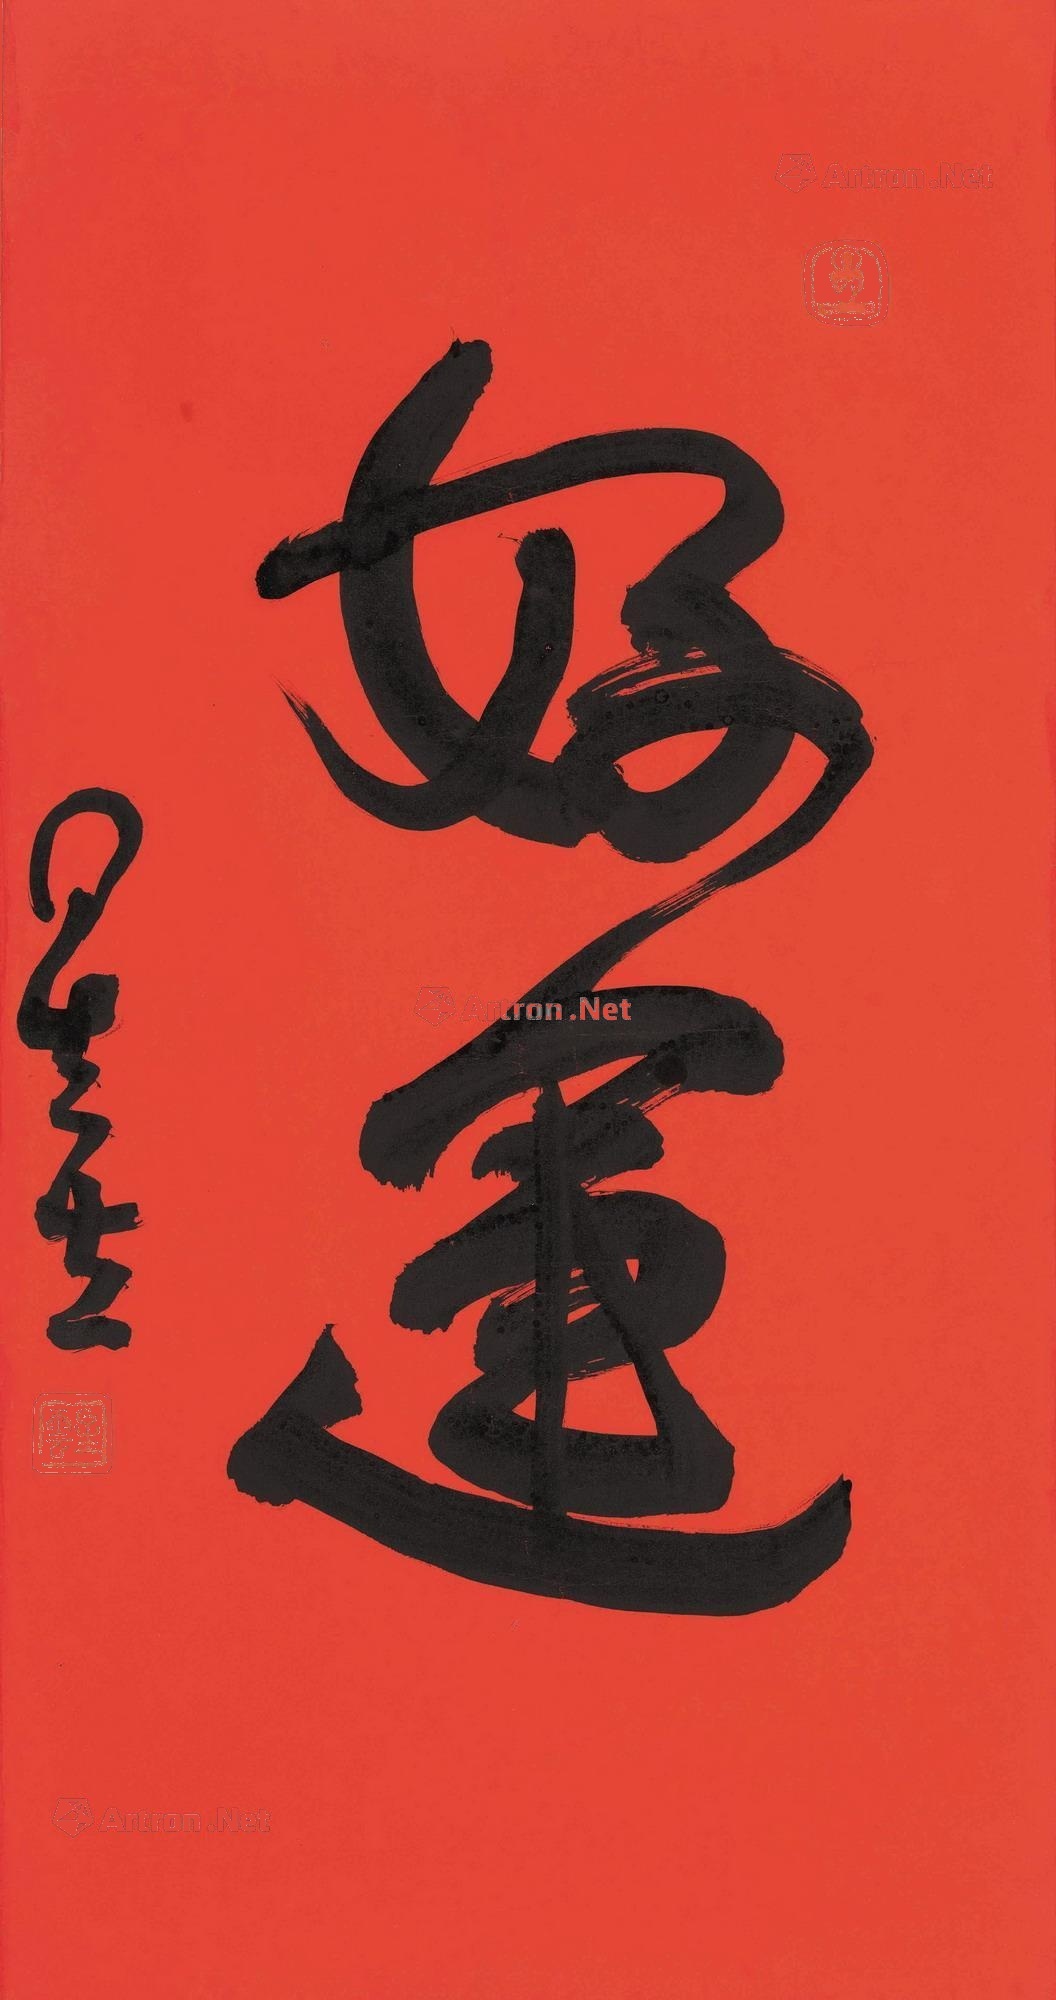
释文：好运星云。